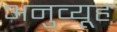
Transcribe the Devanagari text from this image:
अनुव्यूह